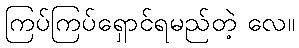
ကြပ်ကြပ်ရှောင်ရမည်တဲ့ လေ။